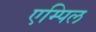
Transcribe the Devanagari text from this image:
एम्पिल